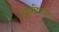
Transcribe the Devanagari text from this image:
इगलेशियस